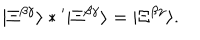
| \Xi ^ { \beta \gamma } \rangle * { } ^ { \prime } | \Xi ^ { \beta \gamma } \rangle = | \Xi ^ { \beta \gamma } \rangle .